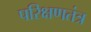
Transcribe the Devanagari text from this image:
परिक्षणतंत्र